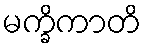
မက္ခိကာတိ